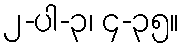
၂-ပါ-၃၊ ၄-၃၅။